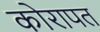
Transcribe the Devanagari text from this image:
कोरापत